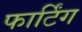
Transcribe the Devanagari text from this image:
फार्टिंग